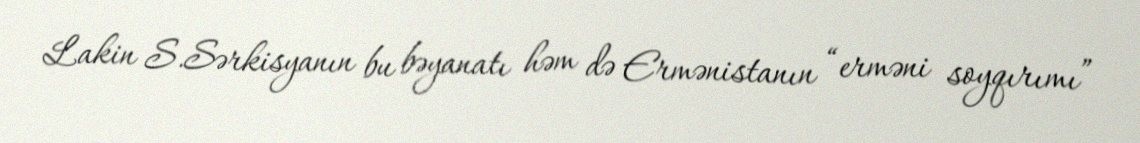
Lakin S.Sərkisyanın bu bəyanatı həm də Ermənistanın “erməni soyqırımı”